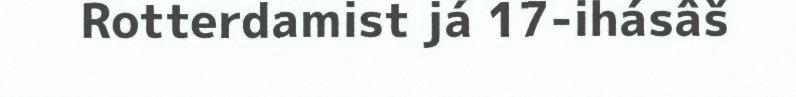
Rotterdamist já 17-ihásâš